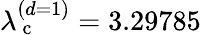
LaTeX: \lambda_{\mathrm{~c~}}^{(d=1)}=3.29785